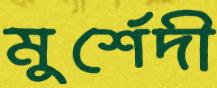
মুর্শেদী